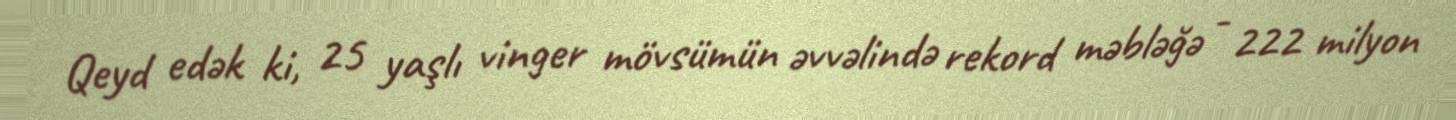
Qeyd edək ki, 25 yaşlı vinger mövsümün əvvəlində rekord məbləğə - 222 milyon